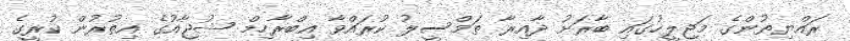
ރައްޔިތުންގެ މަޖިލީހުގައި ބާރަށު ދާއިރާ ތަމްސީލު ކުރައްވާ އިބްރާހިމް ޝުޖާއުގެ އިތުރުން ކުރީގެ